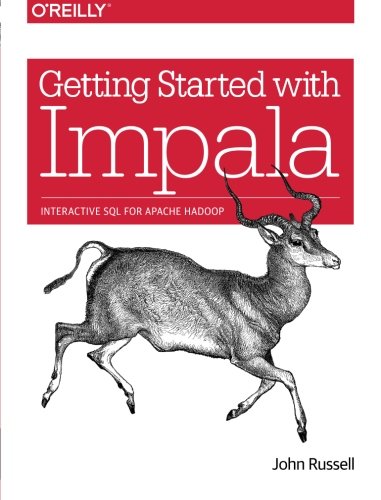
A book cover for Getting Started with Impala: Interactive SQL for Apache Hadoop; John Russell; Computers & Technology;